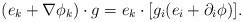
LaTeX: \begin{align*}(e_k+\nabla\phi_k)\cdot g=e_k\cdot[g_i(e_i+\partial_i\phi)].\end{align*}